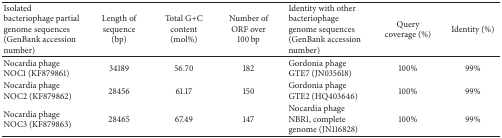
<table><thead><tr><td><b>Isolated bacteriophage partial genome sequences (GenBank accession number)</b></td><td><b>Length of sequence (bp)</b></td><td><b>Total G+C content (mol%)</b></td><td><b>Number of ORF over 100 bp</b></td><td><b>Identity with other bacteriophage genome sequences (GenBank accession number)</b></td><td><b>Query coverage (%)</b></td><td><b>Identity (%)</b></td></tr></thead><tbody><tr><td>Nocardia phage NOC1 (KF879861)</td><td>34189</td><td>56.70</td><td>182</td><td>Gordonia phage GTE7 (JN035618)</td><td>100%</td><td>99%</td></tr><tr><td>Nocardia phage NOC2 (KF879862)</td><td>28456</td><td>61.17</td><td>150</td><td>Gordonia phage GTE2 (HQ403646)</td><td>100%</td><td>99%</td></tr><tr><td>Nocardia phage NOC3 (KF879863)</td><td>28465</td><td>67.49</td><td>147</td><td>Nocardia phage NBR1, complete genome (JN116828)</td><td>100%</td><td>99%</td></tr></tbody></table>